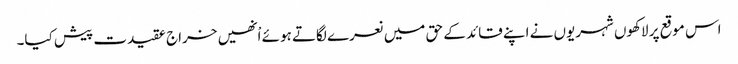
اس موقع پر لاکھوں شہریوں نے اپنے قائد کے حق میں نعرے لگاتے ہوئے اْنھیں خراج عقیدت پیش کیا۔